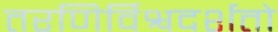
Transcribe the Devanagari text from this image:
तरणिर्विश्वदर्शतो